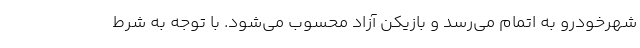
شهرخودرو به اتمام می‌رسد و بازیکن آزاد محسوب می‌شود. با توجه به شرط